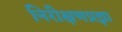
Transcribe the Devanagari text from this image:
निरीक्षणप्रज्ञा